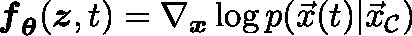
\mathbf { \boldsymbol { f } } _ { \mathbf { \boldsymbol { \theta } } } ( \mathbf { \boldsymbol { z } } , t ) = \nabla _ { \mathbf { \boldsymbol { x } } } \log { p ( \vec { x } ( t ) | \vec { x } _ { \mathcal { C } } ) }